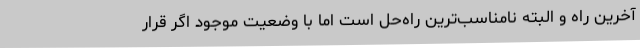
آخرین راه و البته نامناسب‌ترین راه‌حل است اما با وضعیت موجود اگر قرار